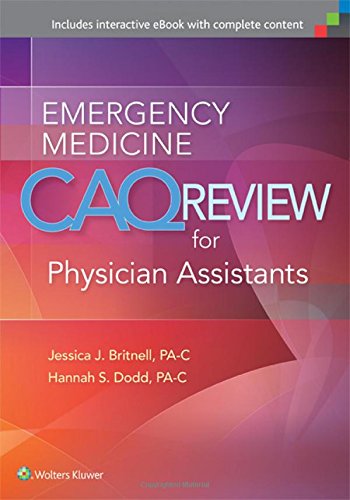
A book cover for Emergency Medicine CAQ Review for Physician Assistants; Medical Books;